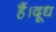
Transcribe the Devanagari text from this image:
हैं।दूध